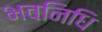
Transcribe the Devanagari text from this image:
भवनिधि